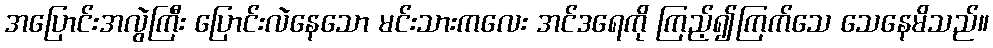
အပြောင်းအလွဲကြီး ပြောင်းလဲနေသော မင်းသားကလေး အင်ဒရေကို ကြည့်၍ကြက်သေ သေနေမိသည်။